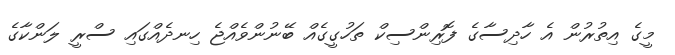
މީގެ އިތުރުން އެ ހާދިސާގެ ފޮރިންސިކް ތަހުގީގެއް ބޭނުންވެއްޖެ ހިނދެއްގައި ސްރީ ލަންކާގެ